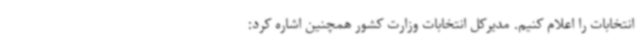
انتخابات را اعلام کنیم. مدیرکل انتخابات وزارت کشور همچنین اشاره کرد: